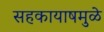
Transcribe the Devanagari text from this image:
सहकायाषमुळे